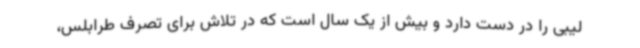
لیبی را در دست دارد و بیش از یک سال است که در تلاش برای تصرف طرابلس،